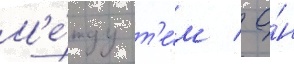
М'е́жду т'е́м / о́н